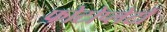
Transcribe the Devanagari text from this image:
फोटोप्लेटों